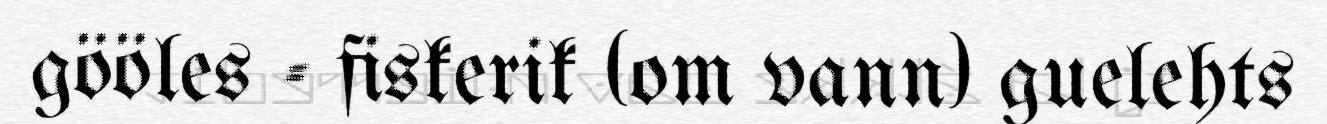
gööles - fiskerik (om vann) guelehts